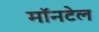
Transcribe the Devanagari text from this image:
मॉनटेल